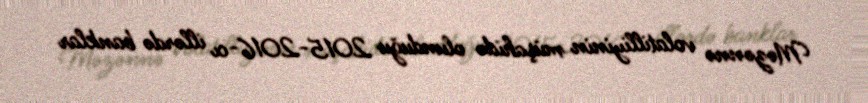
Məzənnə volatilliyinin müşahidə olunduğu 2015-2016-cı illərdə banklar